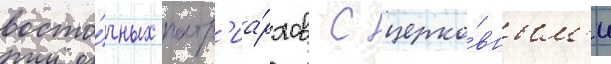
восто́чных патр'иа́рхов с церко́вным'и